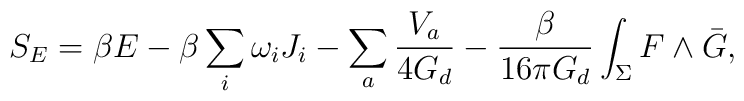
S_{E} = \beta E - \beta \sum_{i} \omega_{i} J_{i} - \sum_{a} \frac{V_{a}}{4 G_{d}} - \frac{\beta}{16 \pi G_{d}} \int_{\Sigma} F \wedge \bar{G},